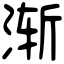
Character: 渐